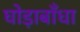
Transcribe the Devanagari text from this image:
घोड़ाबाँधा